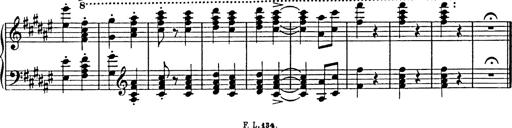
Title: Hungarian Rhapsody No.18
Composer: Franz Liszt
Key: F-sharp minor